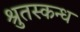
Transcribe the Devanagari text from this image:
श्रुतस्कन्ध